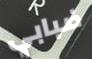
ضبابي